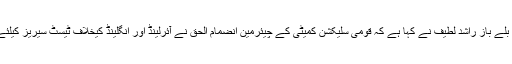
04 مئی 2018ء) پاکستانی کرکٹ ٹیم کے سابق کپتان اور وکٹ کیپر بلے باز راشد لطیف نے کہا ہے کہ قومی سلیکشن کمیٹی کے چیئرمین انضمام الحق نے آئرلینڈ اور انگلینڈ کیخلاف ٹیسٹ سیریز کیلئے ناتجربہ کار کھلاڑیوں پر مشتمل قومی سکواڈ بنا کر بڑی غلطی کی۔